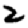
Digit: 2